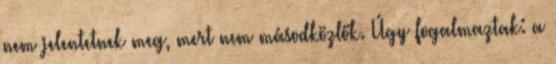
nem jelentetnek meg, mert nem másodközlők. Úgy fogalmaztak: a